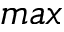
m a x